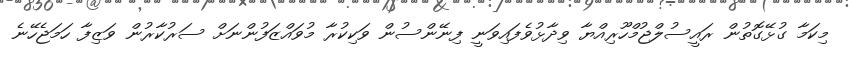
މިކަމާ ގުޅޭގޮތުން ރައީސުލްޖުމްހޫރިއްޔާ ވިދާޅުވެފައިވަނީ ފިނޭންސުން ވަކިކުރާ މުވައްޒަފުންނަށް ސަރުކާރުން ވަޒިފާ ހަމަޖެހޭނެ